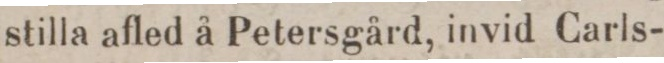
stilla afled å Petersgård, invid Carls-